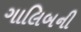
ગાલિબની